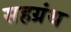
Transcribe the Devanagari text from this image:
सहग्रंथ